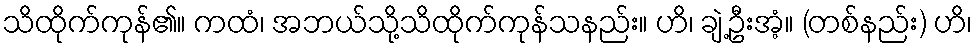
သိထိုက်ကုန်၏။ ကထံ၊ အဘယ်သို့သိထိုက်ကုန်သနည်း။ ဟိ၊ ချဲ့ဦးအံ့။ (တစ်နည်း) ဟိ၊